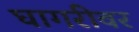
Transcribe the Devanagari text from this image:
घागरीवर